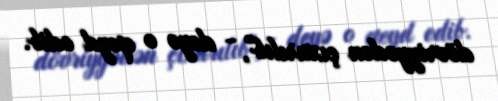
dövriyyədən çıxarılıb", - deyə o qeyd edib.